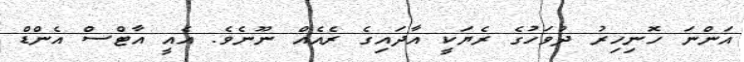
އަންނަ ހޮނިހިރު ދުވަހުގެ ރެޔަކީ އާދައިގެ ރެއެއް ނޫނެވެ. އެއީ އާޓްސް އެންޑް